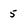
Character: 5